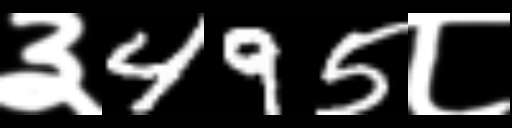
Text: ३495८